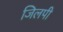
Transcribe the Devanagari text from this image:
जिलपी